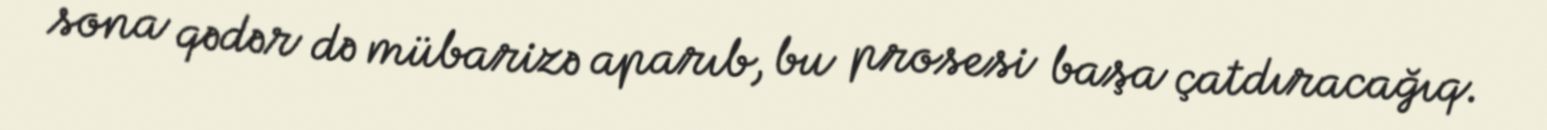
sona qədər də mübarizə aparıb, bu prosesi başa çatdıracağıq.